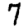
Digit: 7